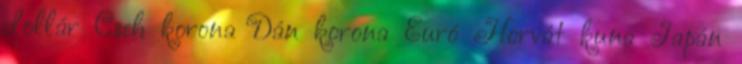
dollár Cseh korona Dán korona Euró Horvát kuna Japán